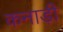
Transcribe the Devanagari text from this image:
कनाड़ी